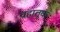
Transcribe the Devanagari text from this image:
वहातूक